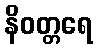
နိဝတ္တရေ